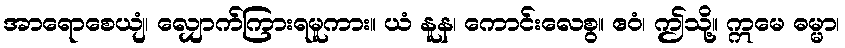
အာရောစေယျံ၊ လျှောက်ကြားရမူကား။ ယံ နူန၊ ကောင်းလေစွ။ ဧဝံ၊ ဤသို့။ ဣမေ ဓမ္မာ၊